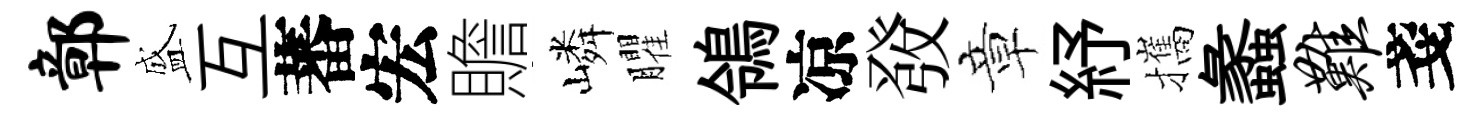
鄣盛互蕃宏贍嶙臞鴒凉𤼲章紓攜蠡难戔